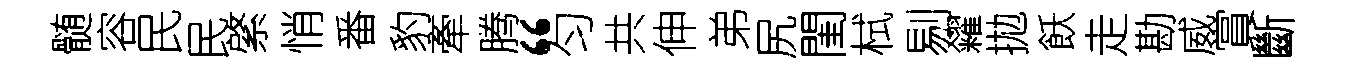
髄容民民綮悄番豹牽腾“匀共伸弟尻閨栻剔糴拋飫走勘威賞斷